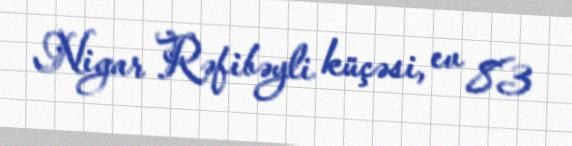
Nigar Rəfibəyli küçəsi, ev 83